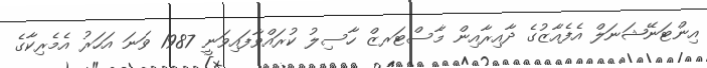
އިންޓަނޭޝަނަލް އެފެއާޒުގެ ދާއިރާއިން މާސްޓަރޒް ހާސިލު ކުރައްވާފައިވަނީ 1987 ވަނަ އަހަރު އެމެރިކާގެ